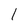
Character: 1